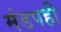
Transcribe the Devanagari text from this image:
मंडपही